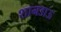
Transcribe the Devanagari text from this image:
शानडाऊ